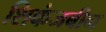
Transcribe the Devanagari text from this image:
शिकंजबीन